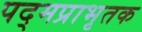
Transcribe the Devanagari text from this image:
पद्मप्राभृतक